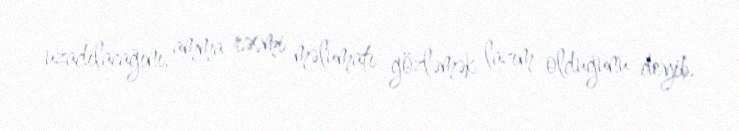
uzadılacağını, amma rəsmi məlumatı gözləmək lazım olduğunu deyib.